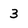
Character: 3